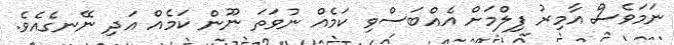
ނަމަވެސް އާމިރު ފިލްމަށް އެއްބަސްވި ކަމެއް ނުވަތަ ނޫން ކަމެއް އަދި ނޭނގެއެވެ.